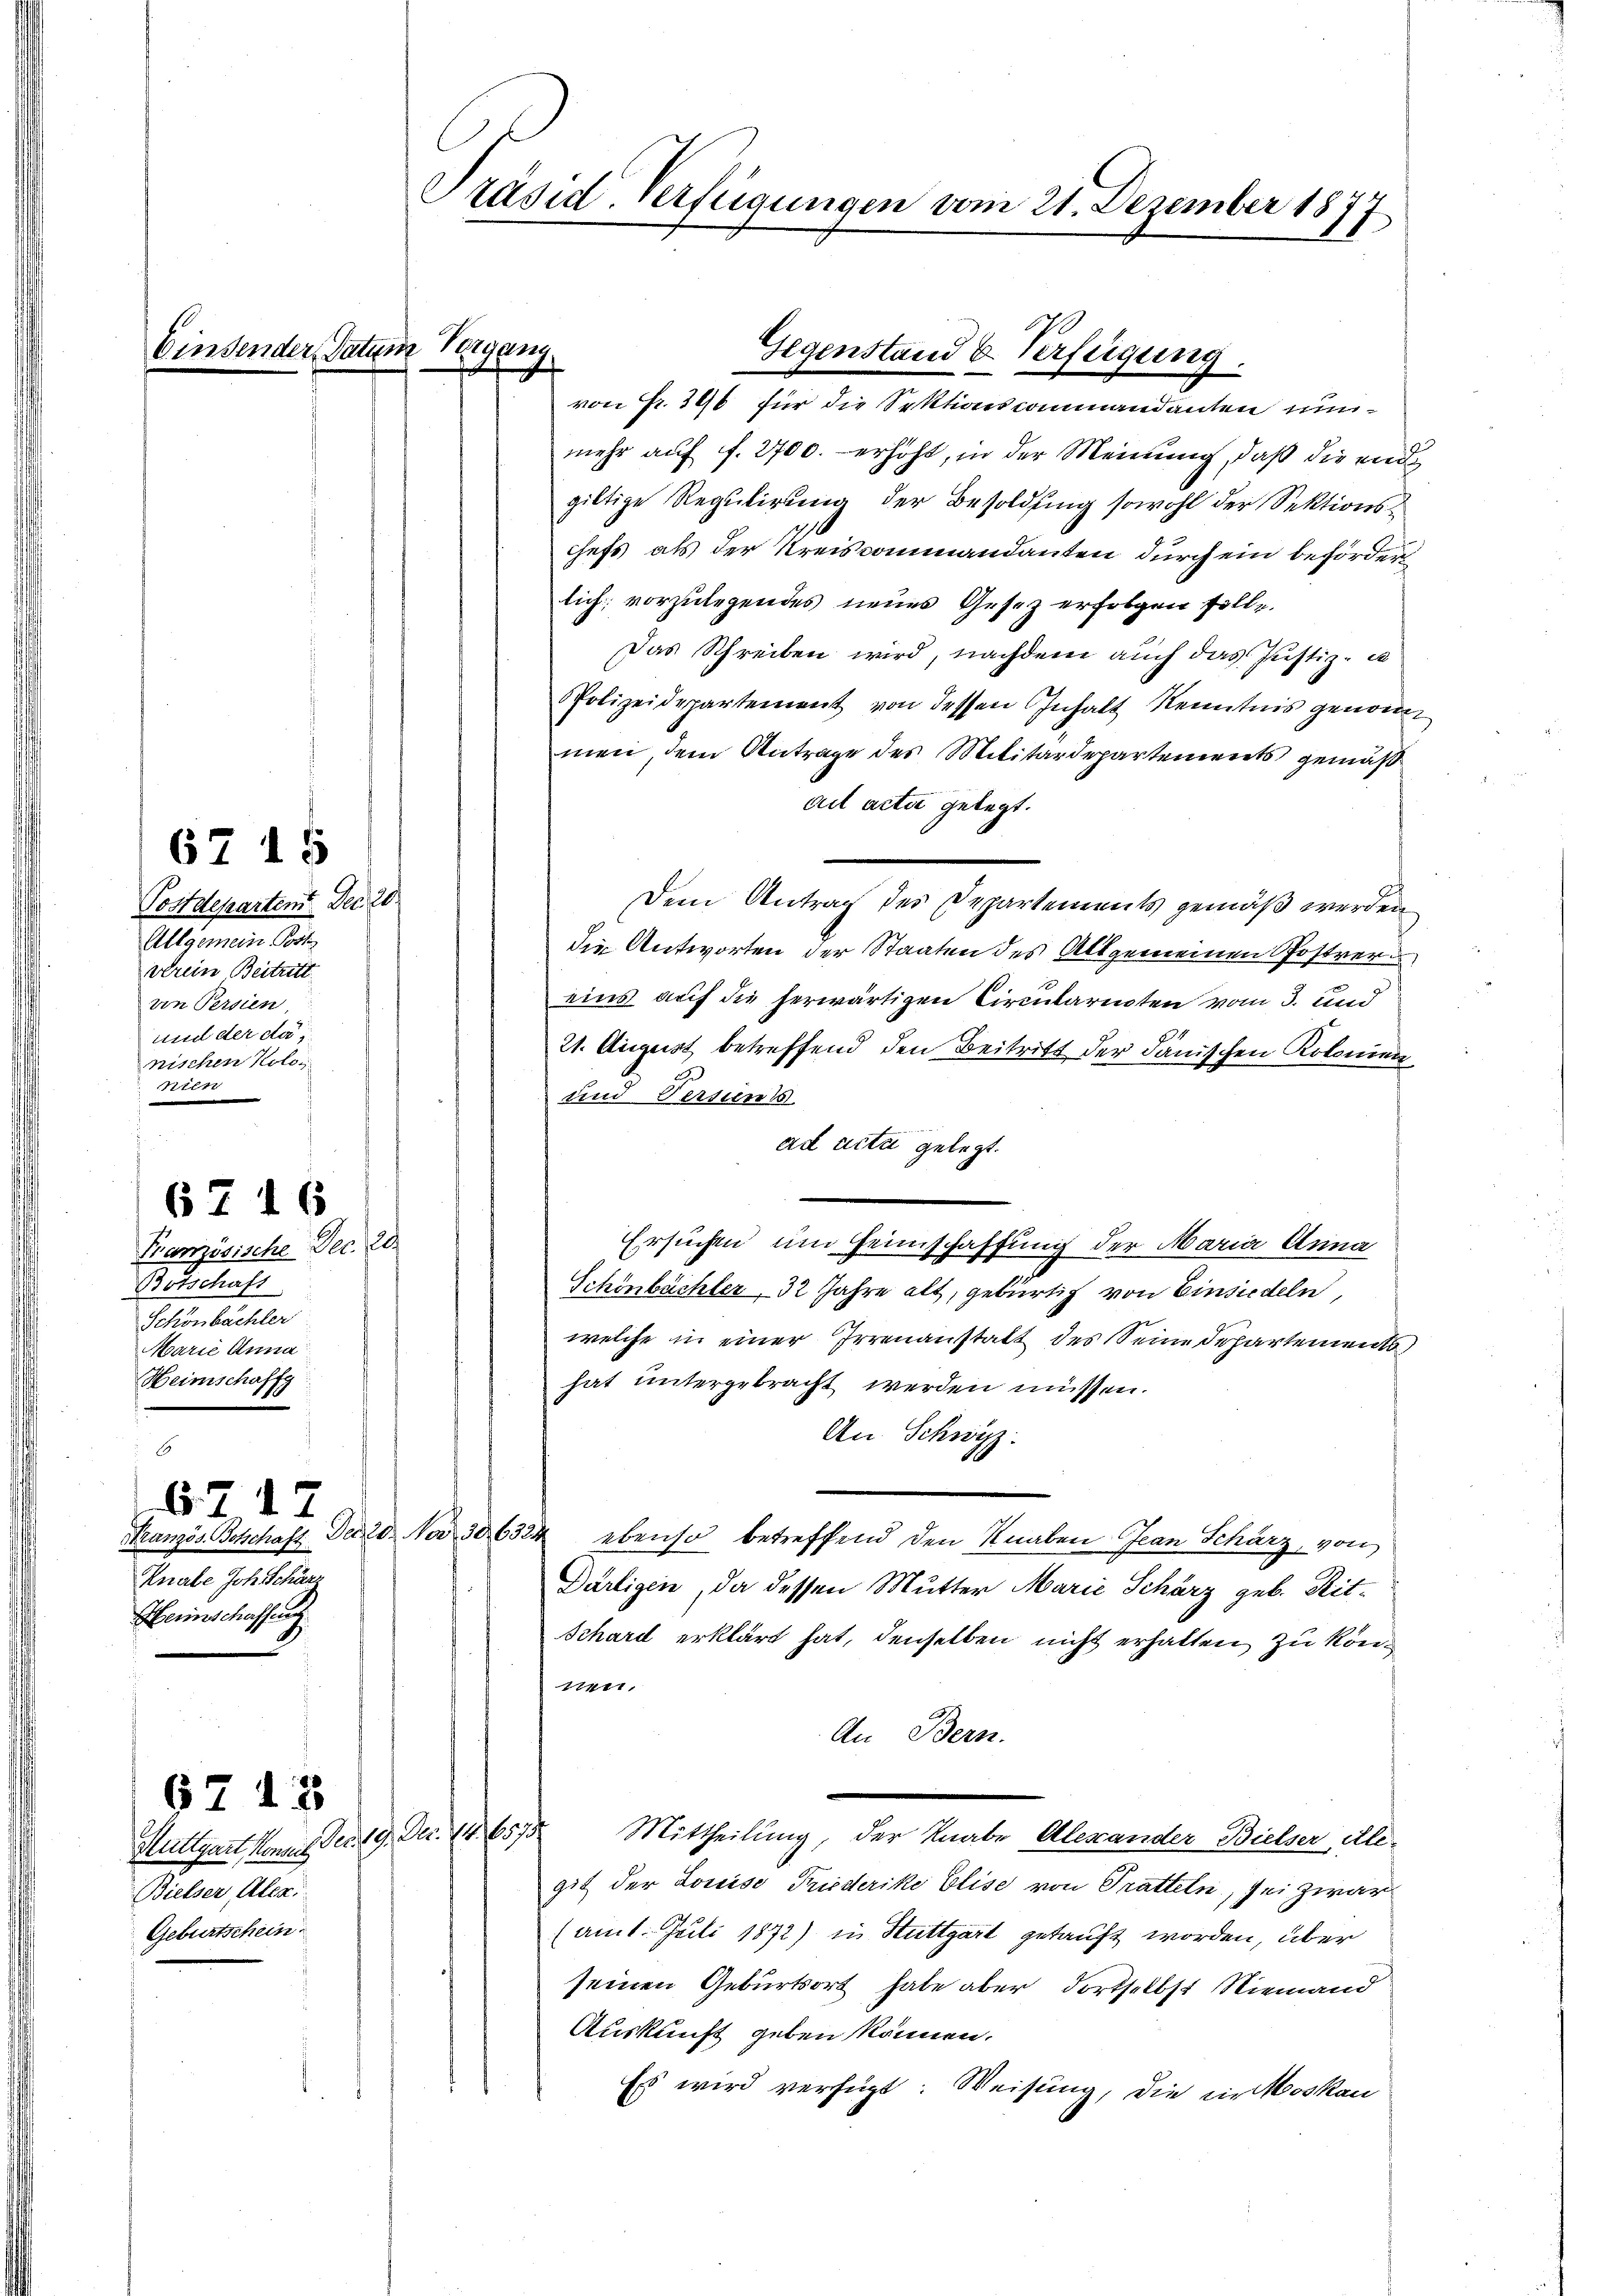
67 15

Französische Dec. 20.
Botschaft
Schönbächler
Marie Anna
Heimschaffg

67 16

Postdepartem Dec. 20.
Allgemein Post
verein Beitritt.
von Persien
und der da,
nischen Kolos
nien

8
6 12
Knabe Joh. Schärz
Herinschaffung

Stuttgart kommt der 19. Dec. 14. 6575
Bielser, Alex
Geburtschein

67 13

Präsid. Verfügungen vom 21. Dezember 1877

von Fr. 396 für die Sektionscommandanten nunmehr auf f. 2700. erhöht, in der Meinung, daß die endgiltige Regulirung der Besoldung sowohl der Sektionschefs als der Kreiscommandanten durch ein beförder
lich vorzulegendes neues Gesetz erfolgen solle.
Das Schreiben wird, nachdem auch das Justiz- u
PPolizeidepartement von dessen Inhalt Kenntnis genommen, dem Antrage des Militärdepartements gemäß
ad acta gelegt.
Dem Antrag des Departements gemäß werden
die Antworten der Staaten des Allgemeinen Postrer
eins auf die herwärtigen Circularenten vom 3. und
21. August betreffend den Beitritt der dänischen Kolonien
und Versiens.
ad acta gelegt.
Ersuchen und Heimschaffung der Maria Anna
Schönbächler, 32 Jahre alt, gebürtig von Einsiedeln,
welche in einer Irrenanstalt des Seine Departements
hat untergebracht werden müssen.
An Schwyz
Französ. Botschaft Dec. No 30. 6324 ebenso betreffend den Knaben Jean Scharz, von
Dartigen, da dessen Mutter Marie Schärz geb. Rit-
Schard erklärt hat, denselben nicht erhalten zu kön¬
17711,
An Bern.
Mittheilung, der Knabe Alexander Bielser Alegit der Louise Tiederike Elise von Tratteln, sei zwar
(am 1. Juli 1872) in Stuttgart getauft worden, über
seinen Geburtsort habe aber dortselbst Niemand
Auskunft geben können.
Es wird verfügt: Weisung, die in Moskau

insender Datum Vergang.

Gegenstand u. Verfügung.